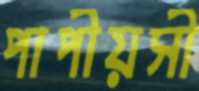
পাপীয়সী